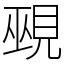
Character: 覡